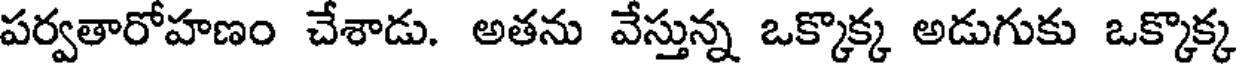
పర్వతారోహణం చేశాడు. అతను వేస్తున్న ఒక్కొక్క అడుగుకు ఒక్కొక్క